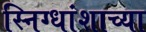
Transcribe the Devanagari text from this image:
स्निग्धांशाच्या